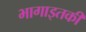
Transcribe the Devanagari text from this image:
भागाइतकी